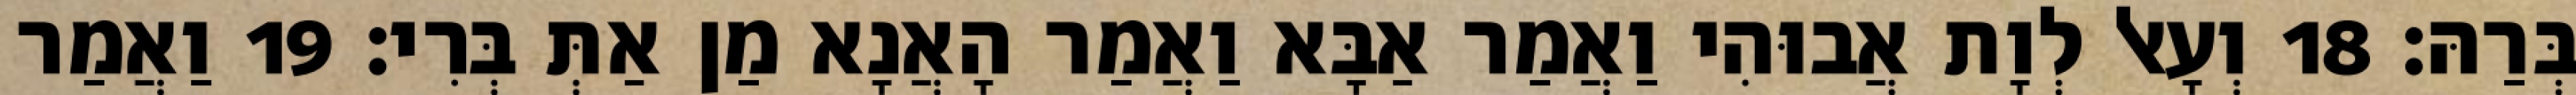
בְּרַהּ׃ 18 וְעָאל לְוָת אֲבוּהִי וַאֲמַר אַבָּא וַאֲמַר הָאֲנָא מַן אַתְּ בְּרִי׃ 19 וַאֲמַר